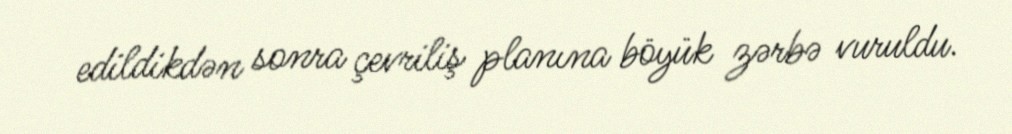
edildikdən sonra çevriliş planına böyük zərbə vuruldu.